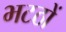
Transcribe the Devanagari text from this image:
भटठों